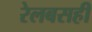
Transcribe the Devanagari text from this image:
रेलबसही